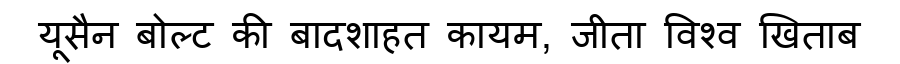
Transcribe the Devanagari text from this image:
यूसैन बोल्ट की बादशाहत कायम, जीता विश्व खिताब